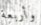
وأربعة